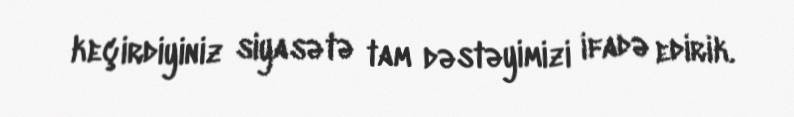
keçirdiyiniz siyasətə tam dəstəyimizi ifadə edirik.